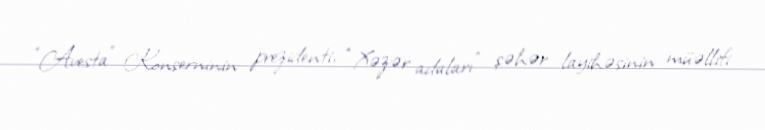
“Avesta” Konserninin prezidenti, “Xəzər adaları” şəhər layihəsinin müəllifi